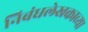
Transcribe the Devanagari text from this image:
निबंधलेखकाच्या